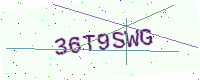
Text: 36T9SWG